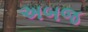
અબજ